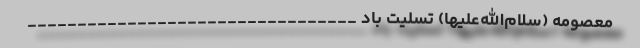
معصومه (سلام‌الله‌علیها) تسلیت باد _________________________________